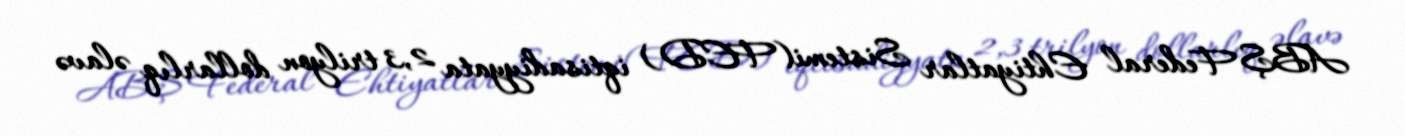
ABŞ Federal Ehtiyatlar Sistemi(FED) iqtisadiyyata 2,3 trilyon dollarlıq əlavə